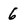
Character: 6